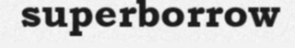
superborrow